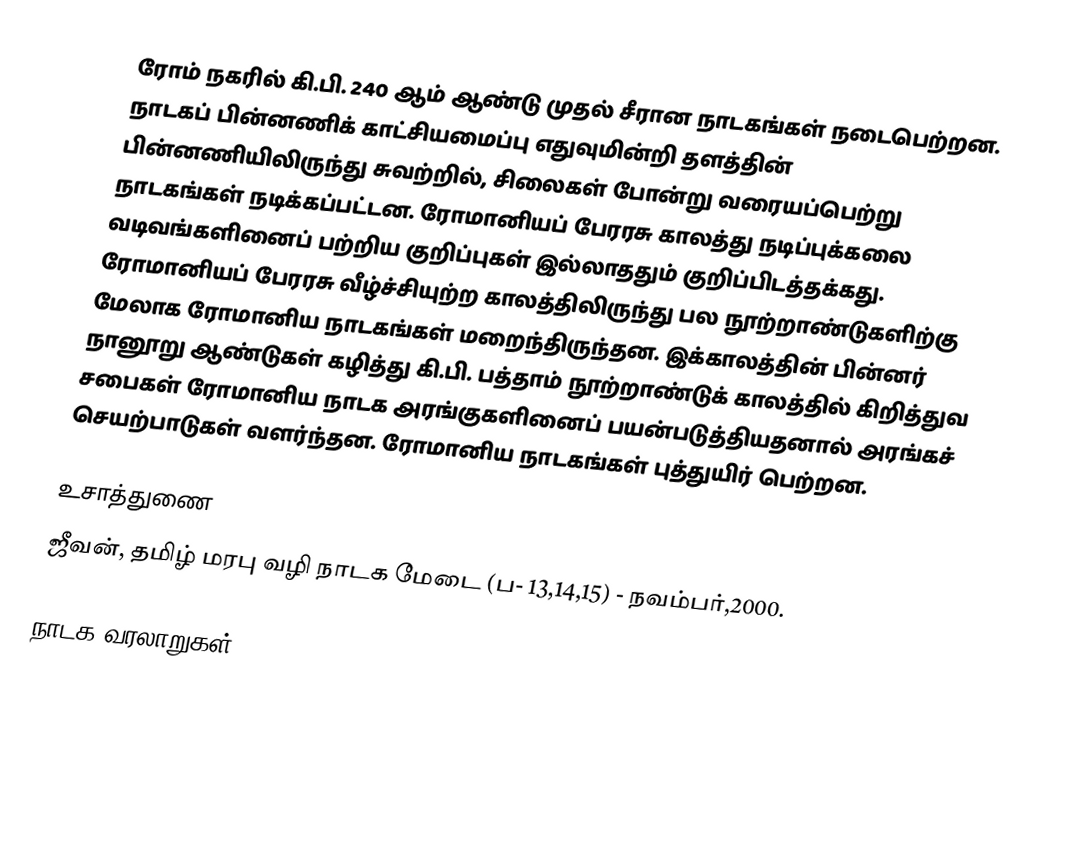
ரோம் நகரில் கி.பி. 240 ஆம் ஆண்டு முதல் சீரான நாடகங்கள் நடைபெற்றன. நாடகப் பின்னணிக் காட்சியமைப்பு எதுவுமின்றி தளத்தின் பின்னணியிலிருந்து சுவற்றில், சிலைகள் போன்று வரையப்பெற்று நாடகங்கள் நடிக்கப்பட்டன. ரோமானியப் பேரரசு காலத்து நடிப்புக்கலை வடிவங்களினைப் பற்றிய குறிப்புகள் இல்லாததும் குறிப்பிடத்தக்கது. ரோமானியப் பேரரசு வீழ்ச்சியுற்ற காலத்திலிருந்து பல நூற்றாண்டுகளிற்கு மேலாக ரோமானிய நாடகங்கள் மறைந்திருந்தன. இக்காலத்தின் பின்னர் நானூறு ஆண்டுகள் கழித்து கி.பி. பத்தாம் நூற்றாண்டுக் காலத்தில் கிறித்துவ சபைகள் ரோமானிய நாடக அரங்குகளினைப் பயன்படுத்தியதனால் அரங்கச் செயற்பாடுகள் வளர்ந்தன. ரோமானிய நாடகங்கள் புத்துயிர் பெற்றன.

உசாத்துணை
 ஜீவன், தமிழ் மரபு வழி நாடக மேடை (ப- 13,14,15) - நவம்பர்,2000.

நாடக வரலாறுகள்